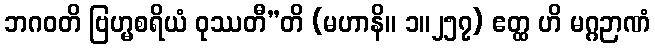
ဘဂဝတိ ဗြဟ္မစရိယံ ဝုဿတီ”တိ (မဟာနိ။ ၁။၂၅၇) ဧတ္ထ ဟိ မဂ္ဂဉာဏံ